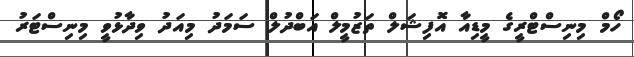
ހޯމް މިނިސްޓްރީގެ މީޑިއާ އޮފިޝަލް ތަޒުމީލް އަބްދުލް ސަމަދު މިއަދު ވިދާޅުވީ މިނިސްޓަރު